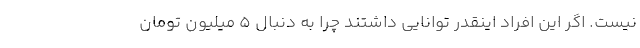
نیست. اگر این افراد اینقدر توانایی داشتند چرا به دنبال ۵ میلیون تومان